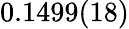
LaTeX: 0.1499(18)